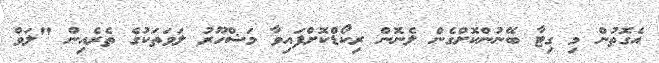
އެގޮތުން މި ގިޓާ ބޭނުންކޮށްގެން ލެނޮން ރިކޯޑްކޮށްފައިވާ މަޝްހޫރު ލަވަތަކުގެ ތެރެއިން "ލަވް